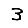
Digit: 3